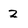
Character: z